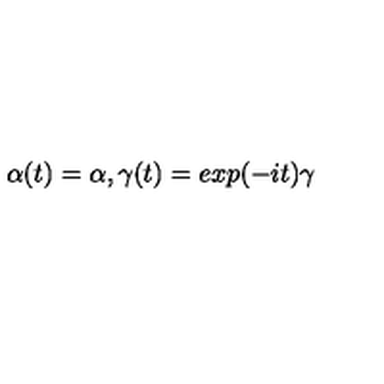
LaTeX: \alpha ( t ) = \alpha , \gamma ( t ) = e x p ( - i t ) \gamma